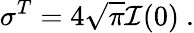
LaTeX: \sigma^{T}=4\sqrt{\pi}{\cal I}(0)~.